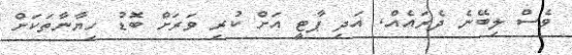
ވެސް ލިބޭނެ ދެރައެއް